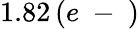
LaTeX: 1.82\, (e\mathrm{~-~})